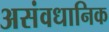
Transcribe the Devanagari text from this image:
असंवधानिक